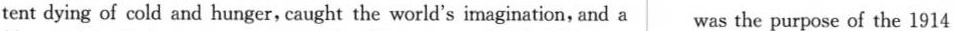
tent dying of cold and hunger, caught the world's imagination, and a was the purpose of the 1914